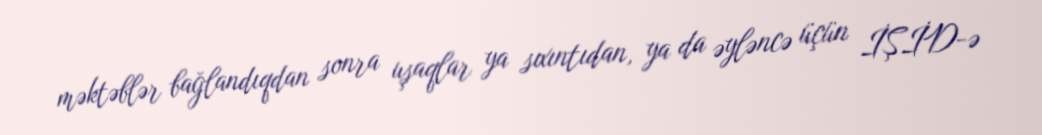
məktəblər bağlandıqdan sonra uşaqlar ya sıxıntıdan, ya da əyləncə üçün İŞİD-ə